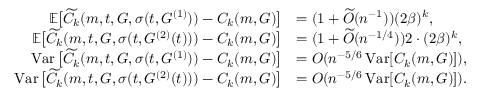
\begin{array} { r l } { \mathbb { E } \big [ \widetilde { C } _ { k } ( m , t , G , \sigma ( t , G ^ { ( 1 ) } ) ) - C _ { k } ( m , G ) \big ] } & { = ( 1 + \widetilde { O } ( n ^ { - 1 } ) ) ( 2 \beta ) ^ { k } , } \\ { \mathbb { E } \big [ \widetilde { C } _ { k } ( m , t , G , \sigma ( t , G ^ { ( 2 ) } ( t ) ) ) - C _ { k } ( m , G ) \big ] } & { = ( 1 + \widetilde { O } ( n ^ { - 1 / 4 } ) ) 2 \cdot ( 2 \beta ) ^ { k } , } \\ { \operatorname { V a r } \big [ \widetilde { C } _ { k } ( m , t , G , \sigma ( t , G ^ { ( 1 ) } ) ) - C _ { k } ( m , G ) \big ] } & { = O ( n ^ { - 5 / 6 } \operatorname { V a r } [ C _ { k } ( m , G ) ] ) , } \\ { \operatorname { V a r } \big [ \widetilde { C } _ { k } ( m , t , G , \sigma ( t , G ^ { ( 2 ) } ( t ) ) ) - C _ { k } ( m , G ) \big ] } & { = O ( n ^ { - 5 / 6 } \operatorname { V a r } [ C _ { k } ( m , G ) ] ) . } \end{array}